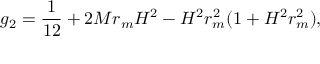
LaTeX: g _ { 2 } = \frac { 1 } { 1 2 } + 2 M r _ { m } H ^ { 2 } - H ^ { 2 } r _ { m } ^ { 2 } ( 1 + H ^ { 2 } r _ { m } ^ { 2 } ) ,